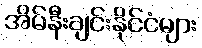
အိမ်နီးချင်းနိုင်ငံများ